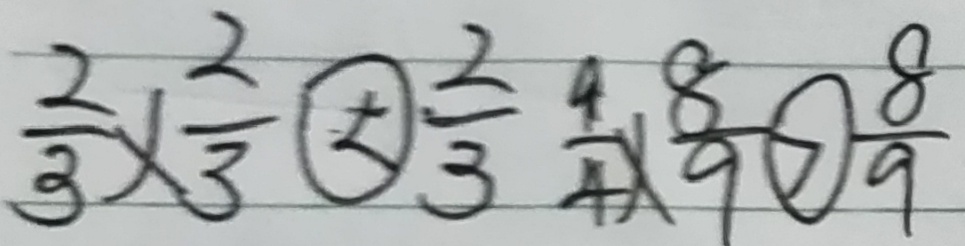
\frac { 2 } { 3 } \times \frac { 2 } { 3 } \textcircled { < } \frac { 2 } { 3 } \frac { 9 } { 4 } \times \frac { 8 } { 9 } \textcircled { > } \frac { 8 } { 9 }